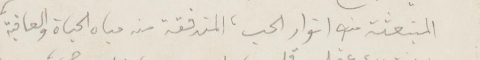
المنبعثة من انوار الحب، المتدفقة من مياه الحياة والعافية